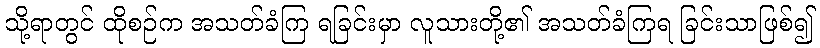
သို့ရာတွင် ထိုစဉ်က အသတ်ခံကြ ရခြင်းမှာ လူသားတို့၏ အသတ်ခံကြရ ခြင်းသာဖြစ်၍